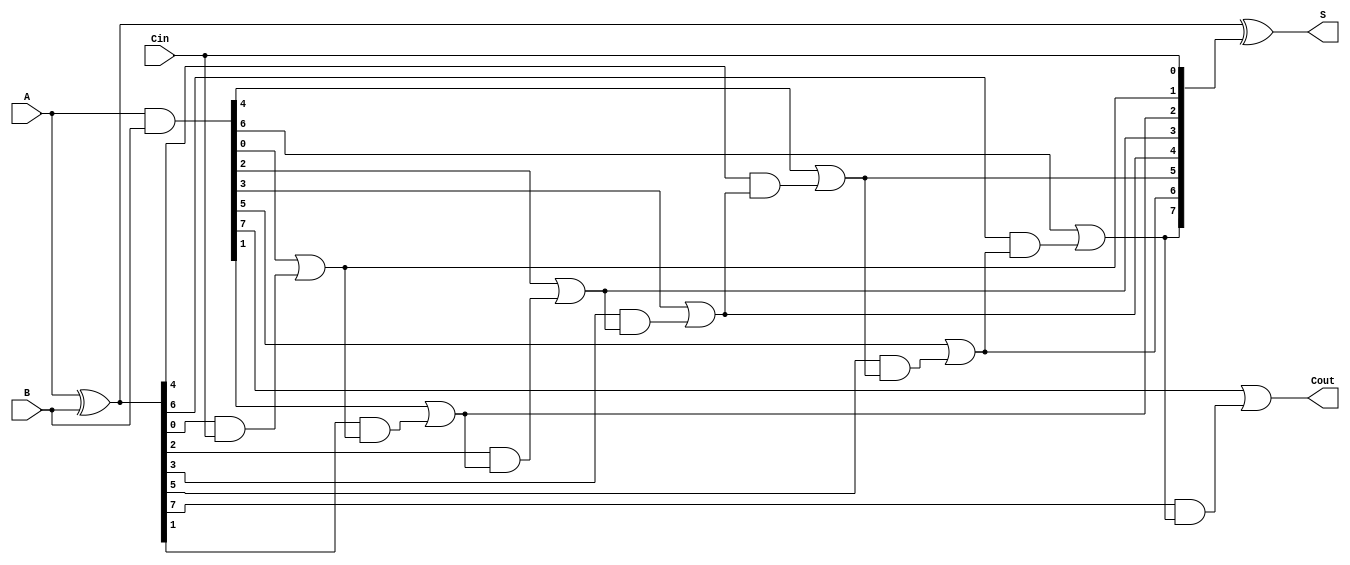
module brent_kung_adder #(parameter N = 8) (
    input  wire [N-1:0] A,       // First n-bit input
    input  wire [N-1:0] B,       // Second n-bit input
    input  wire Cin,              // Carry-in
    output wire [N-1:0] S,       // Sum output
    output wire Cout              // Carry-out
);
    // Generate and propagate signals
    wire [N-1:0] G;              // Generate signals
    wire [N-1:0] P;              // Propagate signals
    wire [N:0] C;                // Carry signals

    // Level 0: Compute G and P
    assign G = A & B;            // Generate signals
    assign P = A ^ B;            // Propagate signals

    // Level 1: Compute carries
    assign C[0] = Cin;           // Initial carry-in
    genvar i;
    generate
        for (i = 0; i < N/2; i = i + 1) begin : level1
            assign C[2*i + 1] = G[2*i] | (P[2*i] & C[2*i]);
            assign C[2*i + 2] = G[2*i + 1] | (P[2*i + 1] & C[2*i + 1]);
        end
    endgenerate

    // Level 2: Compute carries
    generate
        for (i = 0; i < N/4; i = i + 1) begin : level2
            assign C[4*i + 3] = G[4*i + 2] | (P[4*i + 2] & C[4*i + 2]);
            assign C[4*i + 4] = G[4*i + 3] | (P[4*i + 3] & C[4*i + 3]);
        end
    endgenerate

    // Additional levels can be added as needed, depending on N

    // Final carry-out
    assign Cout = C[N];

    // Sum calculation
    assign S = P ^ C[N-1:0];      // Sum bits

endmodule